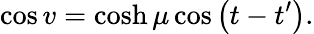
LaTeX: \cos v=\cosh\mu\cos\left(t-t^{\prime}\right).